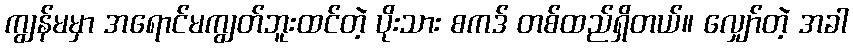
ကျွန်မမှာ အရောင်မကျွတ်ဘူးထင်တဲ့ ပိုးသား စကဒ် တစ်ထည်ရှိတယ်။ လျှော်တဲ့ အခါ